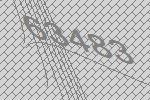
63483